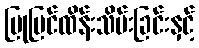
ပြုပြင်ထိန်းသိမ်းခြင်းနှင့်